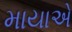
માયાએ